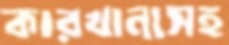
কারখানাসহ